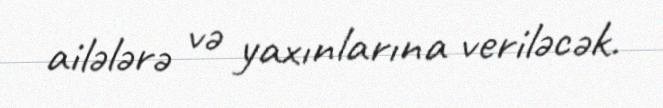
ailələrə və yaxınlarına veriləcək.